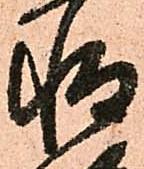
惶